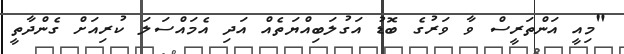
"މިއީ އަންތަރީސް ވާ ވަރުގެ ބޮޑު އަގުލަބިއްޔަތެއް އަދި އެމައްސަލަ ކުރިއަށް ގެންދާތީ